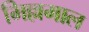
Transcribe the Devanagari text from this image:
भिल्लमाल